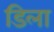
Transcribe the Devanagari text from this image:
डिला